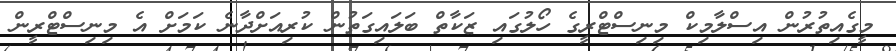
މީގެއިތުރުން އިސްލާމިކް މިނިސްޓްރީގެ ހޯލުގައި ޒަކާތް ބަލައިގަތުން ކުރިއަށްދާނެ ކަމަށް އެ މިނިސްޓްރީން